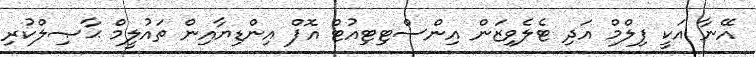
އޭނާ އަކީ ފިލްމް އަދި ޓެލެވިޒަން އިންސްޓިޓިއުޓް އޮފް އިންޑިޔާއިން ތައުލީމް ޙާޞިލްކުރި